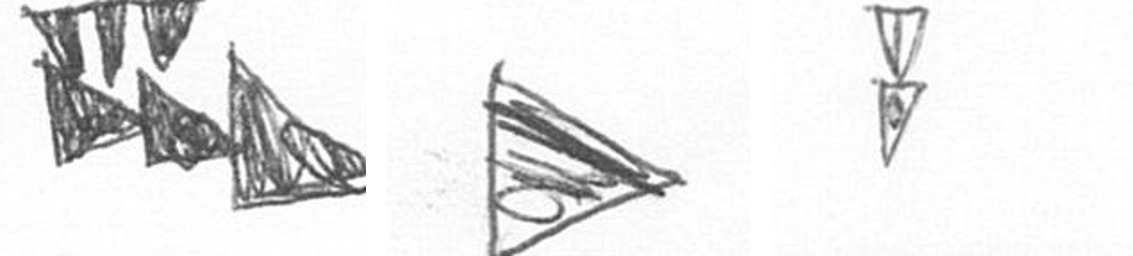
D T Z